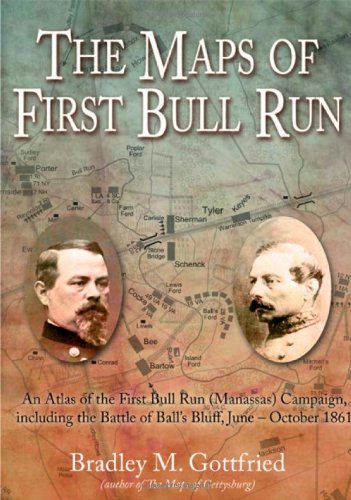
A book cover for The Maps of First Bull Run: An Atlas of the First Bull Run (Manassas) Campaign, including the Battle of Ball's Bluff, June-October 1861; Bradley M. Gottfried; History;